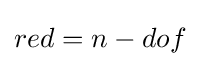
red=n-dof\,\!